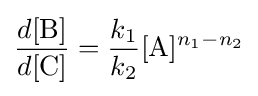
{\frac {d[{\ce {B}}]}{d[{\ce {C}}]}}={\frac {k_{1}}{k_{2}}}[{\ce {A}}]^{n_{1}-n_{2}}